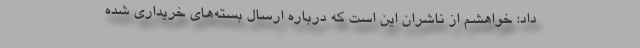
داد: خواهشم از ناشران این است که درباره ارسال بسته‌های خریداری شده